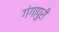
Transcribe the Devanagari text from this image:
गंगापुरी